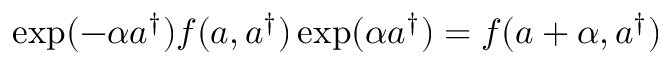
\begin{array} { r } { \exp ( - \alpha a ^ { \dagger } ) f ( a , a ^ { \dagger } ) \exp ( \alpha a ^ { \dagger } ) = f ( a + \alpha , a ^ { \dagger } ) } \end{array}